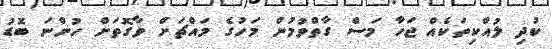
ކުދި ލުއްކިތަކެއް ޖަހާ މަސް ގާތްވުމުން މަހުގެ މައްޗަށް ވާގޮތަށް ހުންނަ ބޮޑު